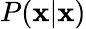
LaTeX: P(\mathbf{x}|\mathbf{x})